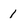
Character: 1